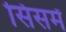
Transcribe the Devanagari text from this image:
सिसमें